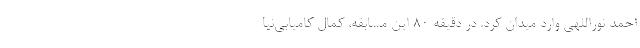
احمد نوراللهی وارد میدان کرد. در دقیقه ۸۰ این مسابقه، کمال کامیابی‌نیا